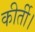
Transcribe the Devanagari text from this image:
कीर्ती।